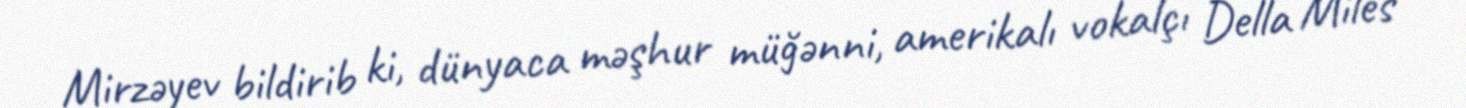
Mirzəyev bildirib ki, dünyaca məşhur müğənni, amerikalı vokalçı Della Miles